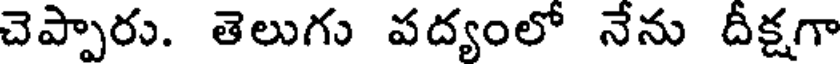
చెప్పారు. తెలుగు పద్యంలో నేను దీక్షగా